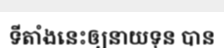
ទីតាំងនេះឲ្យនាយទុន បាន